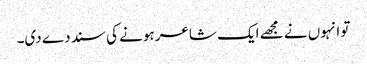
تو انہوں نے مجھے ایک شاعر ہونے کی سند دے دی۔